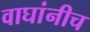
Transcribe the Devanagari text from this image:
वाघांनीच